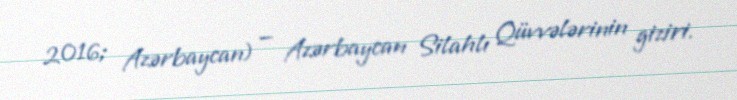
2016; Azərbaycan) — Azərbaycan Silahlı Qüvvələrinin giziri.